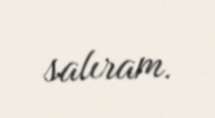
salıram.